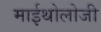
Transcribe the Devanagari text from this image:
माईथोलोजी